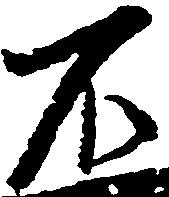
不